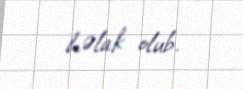
həlak olub.